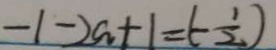
- 1 - 2 a + 1 = ( - \frac { 1 } { 2 } )